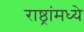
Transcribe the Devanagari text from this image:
राष्ठ्रांमध्ये